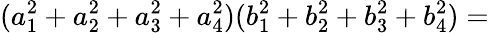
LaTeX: (a_{1}^{2}+a_{2}^{2}+a_{3}^{2}+a_{4}^{2})(b_{1}^{2}+b_{2}^{2}+b_{3}^{2}+b_{4}^{2})=